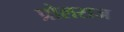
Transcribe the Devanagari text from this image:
प्रोलराज